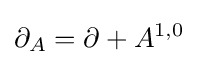
\partial _{A}=\partial +A^{1,0}